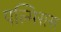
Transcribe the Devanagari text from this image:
पल्मिरास